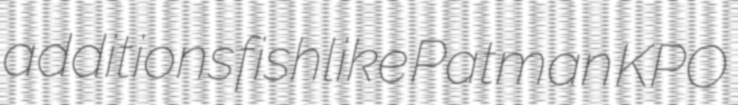
additions fishlike Patman KPO